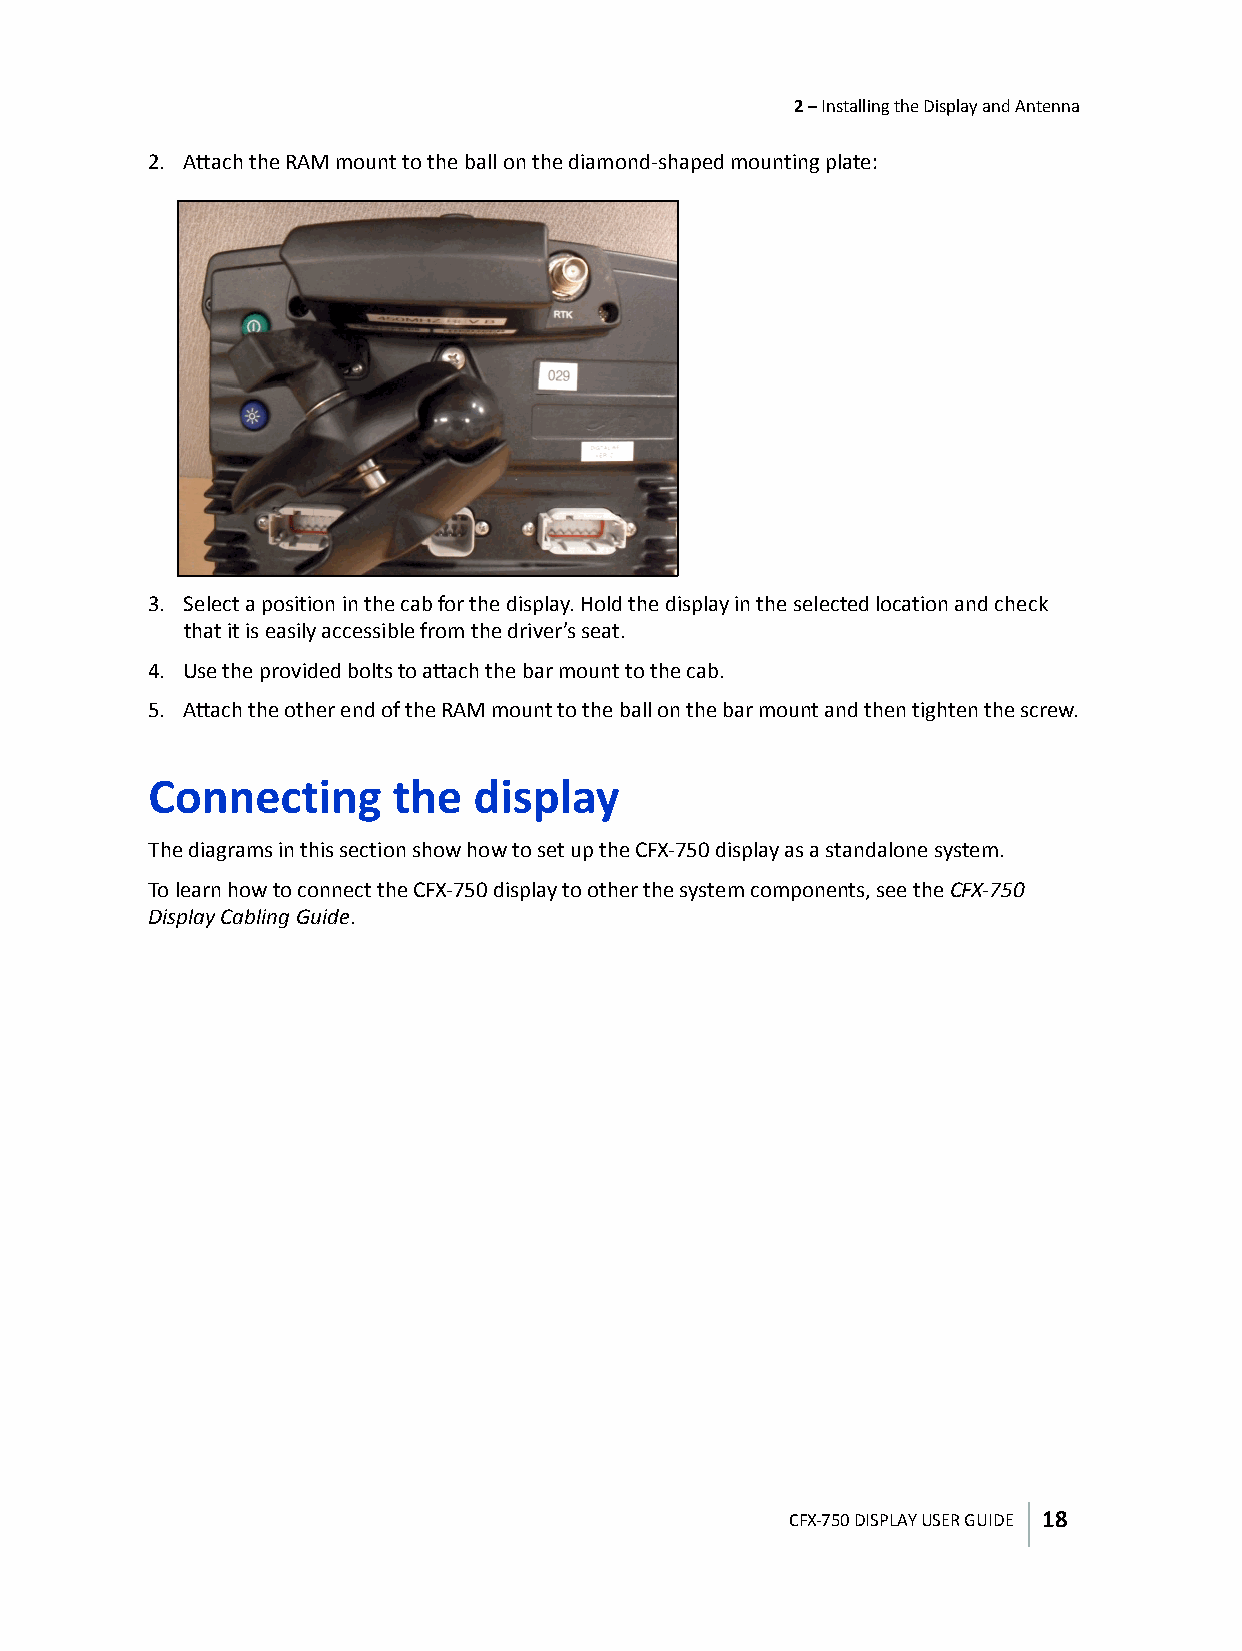
2 – Installing the Display and Antenna
 2. Attach the RAM mount to the ball on the diamond-shaped mounting plate:
 3. Select a position in the cab for the display. Hold the display in the selected location and check
 that it is easily accessible from the driver’s seat.
 4. Use the provided bolts to attach the bar mount to the cab.
 5. Attach the other end of the RAM mount to the ball on the bar mount and then tighten the screw.
 Connecting      the  display
 The diagrams in this section show how to set up the CFX-750 display as a standalone system.
 To learn how to connect the CFX-750 display to other the system components, see the CFX-750
 Display Cabling Guide.
 CFX-750 DISPLAY USER GUIDE 18